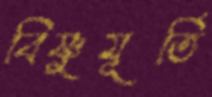
বিষ্ণুমূর্তি